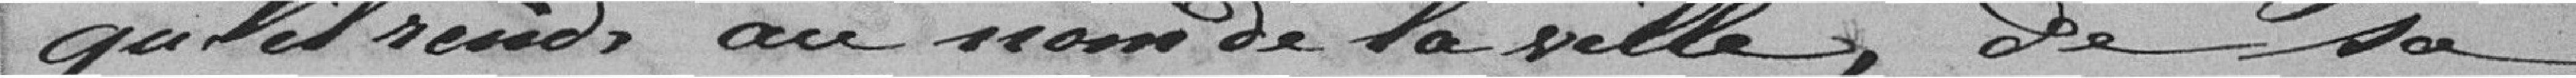
qu'il rends au nom de la Ville, de sa